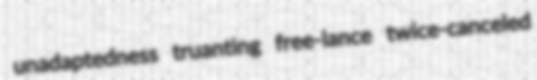
unadaptedness truanting free-lance twice-canceled